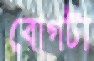
বোগটা